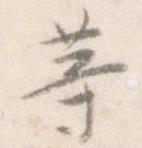
等